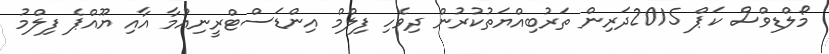
މޯލްޑިވްސް ކަޕް 2015ދަރިން ތަރުބިއްޔަތުކުރުން ދިވެހި ފިލްމް އިންޑަސްޓްރީނިއުމާ އާއި ޔޫއްޕެ ފިލްމު